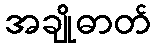
အချိုဓာတ်